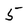
Character: 5